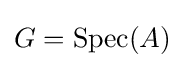
G=\operatorname {Spec} (A)